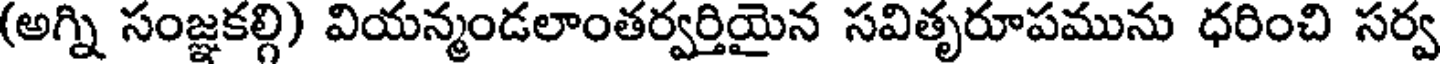
(అగ్ని సంజ్ఞకల్గి) వియన్మండలాంతర్వర్తియైన సవితృరూపమును ధరించి సర్వ